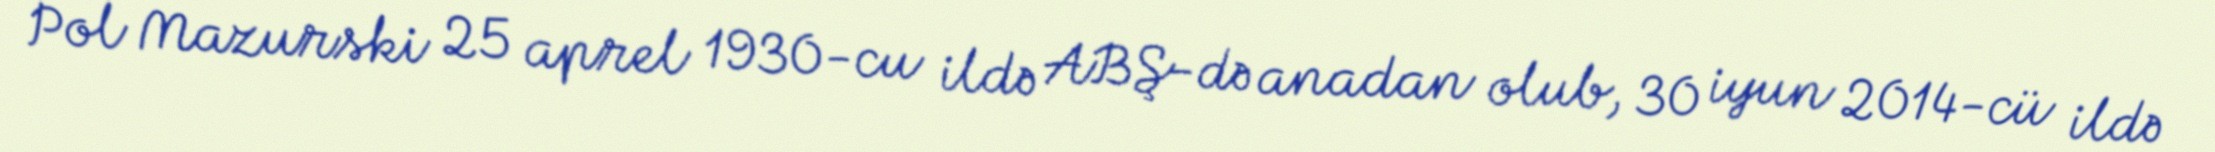
Pol Mazurski 25 aprel 1930-cu ildə ABŞ-də anadan olub, 30 iyun 2014-cü ildə